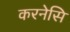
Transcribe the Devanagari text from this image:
करनेसि